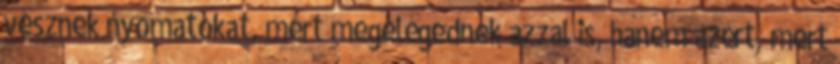
vesznek nyomatokat, mert megelégednek azzal is, hanem azért, mert